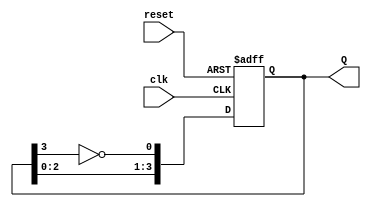
module johnson_counter (
    input wire clk,          // Clock input
    input wire reset,        // Synchronous reset
    output reg [3:0] Q       // 4-bit output representing the counter state
);

// Always block triggered on the rising edge of the clock or when reset is active
always @(posedge clk or posedge reset) begin
    if (reset) begin
        // Synchronous reset: set counter to 0000
        Q <= 4'b0000;
    end else begin
        // Johnson counter state transition
        Q[0] <= ~Q[3];  // D0 takes the inverted output of Q3
        Q[1] <= Q[0];   // D1 takes the output of Q0
        Q[2] <= Q[1];   // D2 takes the output of Q1
        Q[3] <= Q[2];   // D3 takes the output of Q2
    end
end

endmodule